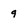
Character: 9